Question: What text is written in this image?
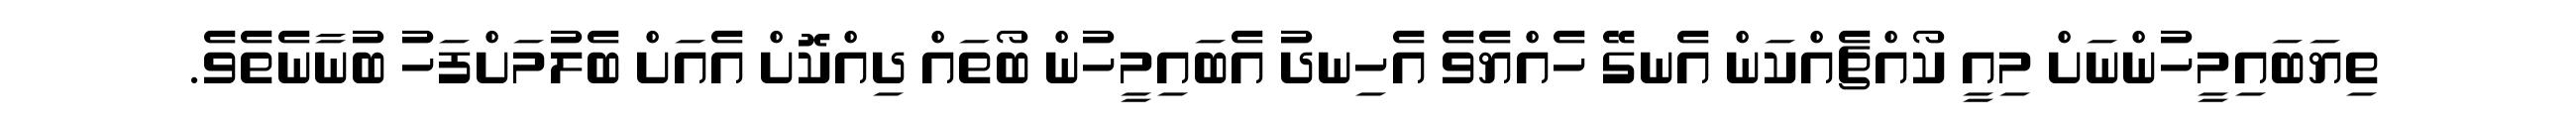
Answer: ތިޔަބައިމީހުންނަށް މިއީ ކޯއްޗެއްކަން އެނގޭ ހެއްޔެވެ އެހިނދު އެބައިމީހުން ބޯތައް ދިއްކޮށް އެއަށް ބެލުމަށްފަހު ބުނާނެތެވެ.